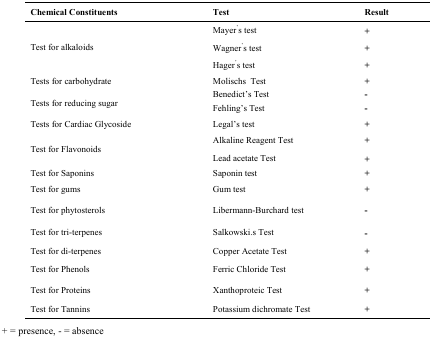
<table><thead><tr><td><b>Chemical Constituents</b></td><td><b>Test</b></td><td><b>Result</b></td></tr></thead><tbody><tr><td rowspan="3">Test for alkaloids</td><td>Mayer<sup>’</sup>s test</td><td>+</td></tr><tr><td>Wagner<sup>’</sup>s test</td><td>+</td></tr><tr><td>Hager<sup>’</sup>s test</td><td>+</td></tr><tr><td>Tests for carbohydrate</td><td>Molischs Test</td><td>+</td></tr><tr><td rowspan="2">Tests for reducing sugar</td><td>Benedict’s Test</td><td>-</td></tr><tr><td>Fehling’s Test</td><td>-</td></tr><tr><td>Tests for Cardiac Glycoside</td><td>Legal’s test</td><td>+</td></tr><tr><td rowspan="2">Test for Flavonoids</td><td>Alkaline Reagent Test</td><td>+</td></tr><tr><td>Lead acetate Test</td><td>+</td></tr><tr><td>Test for Saponins</td><td>Saponin test</td><td>+</td></tr><tr><td>Test for gums</td><td>Gum test</td><td>+</td></tr><tr><td>Test for phytosterols</td><td>Libermann-Burchard test</td><td>-</td></tr><tr><td>Test for tri-terpenes</td><td>Salkowski.s Test</td><td>-</td></tr><tr><td>Test for di-terpenes</td><td>Copper Acetate Test</td><td>+</td></tr><tr><td>Test for Phenols</td><td>Ferric Chloride Test</td><td>+</td></tr><tr><td>Test for Proteins</td><td>Xanthoproteic Test</td><td>+</td></tr><tr><td>Test for Tannins</td><td>Potassium dichromate Test</td><td>+</td></tr></tbody></table>